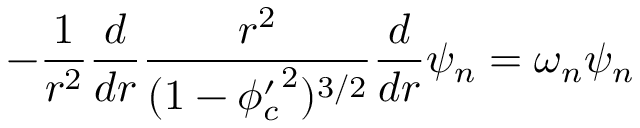
- \frac { 1 } { r ^ { 2 } } \frac { d } { d r } \frac { r ^ { 2 } } { ( 1 - { \phi _ { c } ^ { \prime } } ^ { 2 } ) ^ { 3 / 2 } } \frac { d } { d r } \psi _ { n } = \omega _ { n } \psi _ { n }